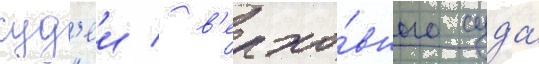
суд'еи / в'ерхо́вного суда́